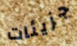
جزيئات